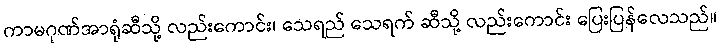
ကာမဂုဏ်အာရုံဆီသို့ လည်းကောင်း၊ သေရည် သေရက် ဆီသို့ လည်းကောင်း ပြေးပြန်လေသည်။